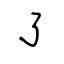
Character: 了